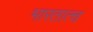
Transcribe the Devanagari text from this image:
भारतात्च